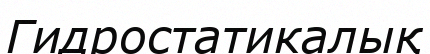
Гидростатикалық